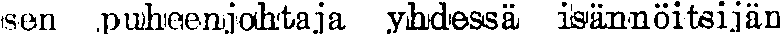
sen puheenjohtaja yhdessä isännöitsijän